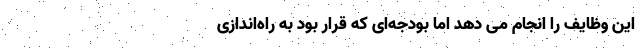
این وظایف را انجام می دهد اما بودجه‌ای که قرار بود به راه‌اندازی